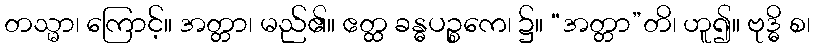
တသ္မာ၊ ကြောင့်။ အတ္တာ၊ မည်၏။ ဧတ္ထ ခန္ဓပဉ္စကေ၊ ၌။ “အတ္တာ”တိ၊ ဟူ၍။ ဗုဒ္ဓိ စ၊